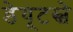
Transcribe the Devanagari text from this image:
डेयूटस्चे